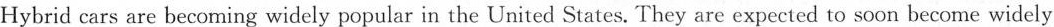
Hybrid cars are becoming widely popular in the United States. They are expected to soon become widely